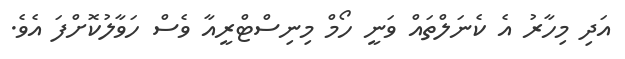
އަދި މިހާރު އެ ކެނަލްތައް ވަނީ ހޯމް މިނިސްޓްރީއާ ވެސް ހަވާލުކޮށްފަ އެވެ.